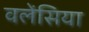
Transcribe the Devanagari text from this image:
वलेंसिया